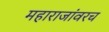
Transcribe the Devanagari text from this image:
महाराजांवरच